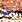
آلية